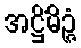
အဋ္ဌိံမိဉ္ဇံ